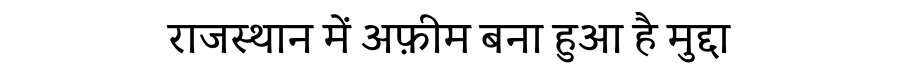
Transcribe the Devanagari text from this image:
राजस्थान में अफ़ीम बना हुआ है मुद्दा